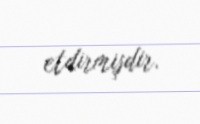
etdirmişdir.